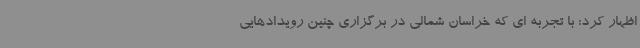
اظهار کرد: با تجربه ای که خراسان شمالی در برگزاری چنین رویدادهایی